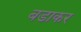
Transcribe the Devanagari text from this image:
बडाकर